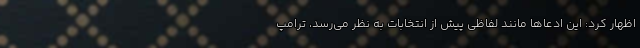
اظهار کرد: این ادعاها مانند لفاظی پیش از انتخابات به نظر می‌رسد، ترامپ